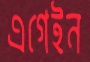
এগেইন